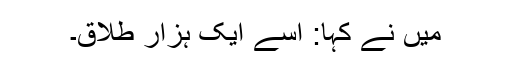
میں نے کہا: اسے ایک ہزار طلاق۔